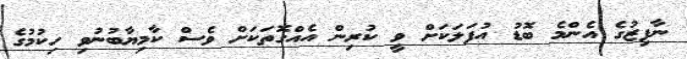
ނާފިޒުގެ އެންމެ ބޮޑު އުފަލަކަށް ވީ ކުރިން އެއްގޮތަކަށް ވެސް ކާމިޔާބުނުވި ހިކުމުގެ